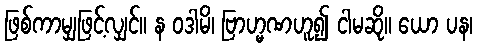
ဖြစ်ကာမျှဖြင့်လျှင်။ န ဝဒါမိ၊ ဗြာဟ္မဏဟူ၍ ငါမဆို။ ယော ပန၊